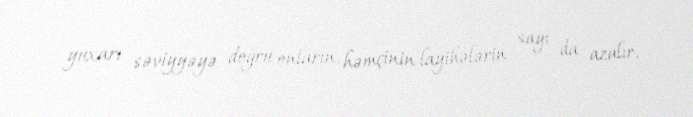
yuxarı səviyyəyə doğru onların, həmçinin layihələrin sayı da azalır.